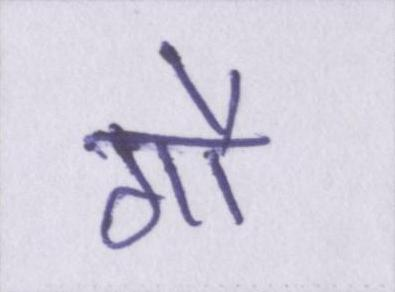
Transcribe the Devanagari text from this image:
गौ